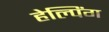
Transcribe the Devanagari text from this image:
हेल्पिंग